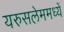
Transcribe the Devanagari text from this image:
यरुसलेममध्यें